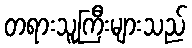
တရားသူကြီးများသည်